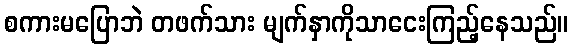
စကားမပြောဘဲ တဖက်သား မျက်နှာကိုသာငေးကြည့်နေသည်။